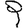
Digit: 9